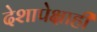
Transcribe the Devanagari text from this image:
देशापेक्षाही